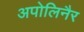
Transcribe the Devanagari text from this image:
अपोलिनैर